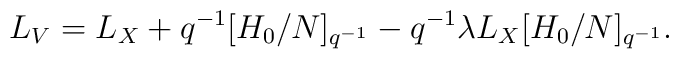
L_{V}=L_{X}+q^{-1}[H_{0}/N]_{q^{-1}}-q^{-1}\lambda L_{X}[H_{0}/N]_{q^{-1}}.